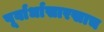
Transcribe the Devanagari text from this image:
पूर्वार्धासारखाच